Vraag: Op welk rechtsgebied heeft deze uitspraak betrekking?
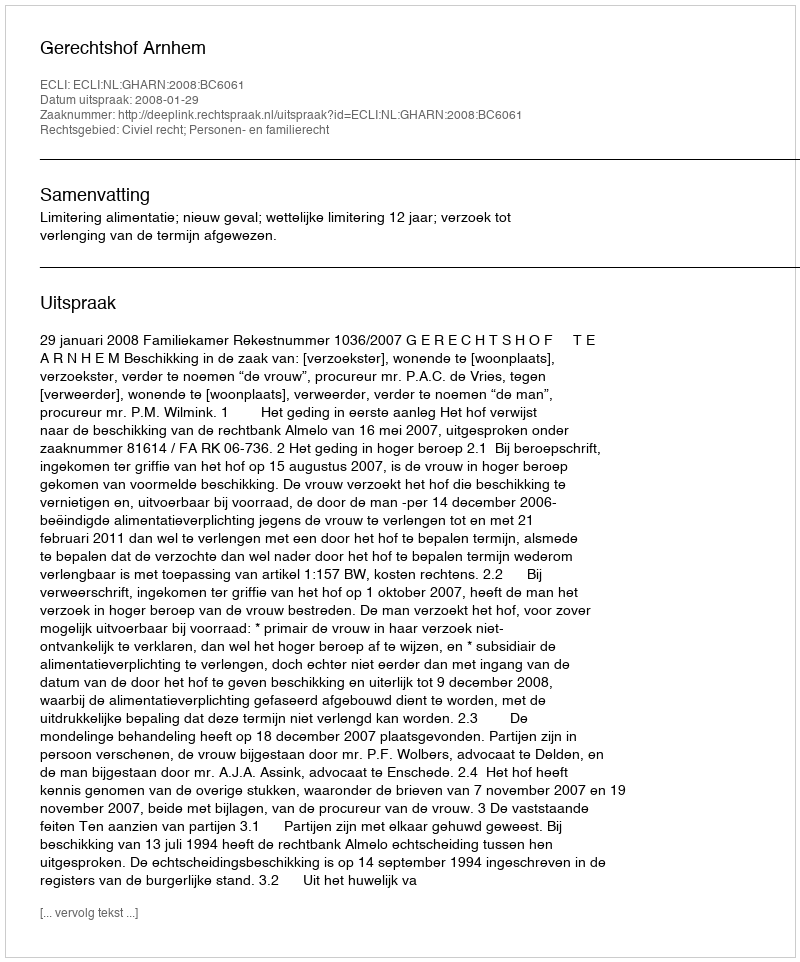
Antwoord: Civiel recht; Personen- en familierecht